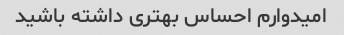
امیدوارم احساس بهتری داشته باشید